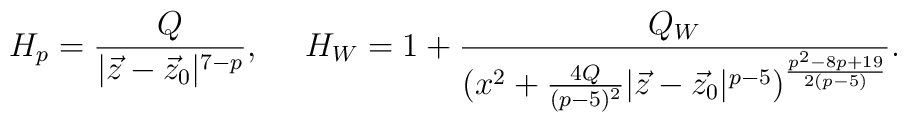
H_{p}={{Q}\over{|\vec{z}-\vec{z}_{0}|^{7-p}}},\ \ \ \ H_{W}=1+{{Q_{W}}\over{(x^{2}+{{4Q}\over{(p-5)^2}}|\vec{z}-\vec{z}_{0}|^{p-5})^{{p^2-8p+19}\over{2(p-5)}}}}.